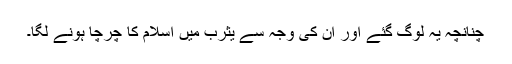
چنانچہ یہ لوگ گئے اور ان کی وجہ سے یثرب میں اسلام کا چرچا ہونے لگا۔